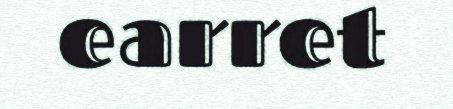
earret